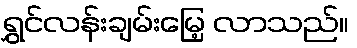
ရွှင်လန်းချမ်းမြေ့ လာသည်။